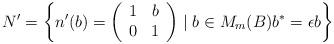
LaTeX: \begin{align*} N'=\left\{ n'(b)=\left(\begin{array}{cc} 1 & b \\ 0 & 1\end{array}\right)\mid b\in M_m(B) b^* =\epsilon b\right\} \end{align*}